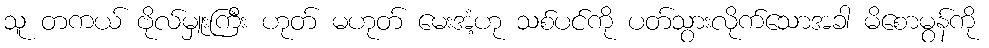
သူ တကယ် ဗိုလ်မှူးကြီး ဟုတ် မဟုတ် မေးအံ့ဟု သစ်ပင်ကို ပတ်သွားလိုက်သောအခါ မိစောမွန်ကို